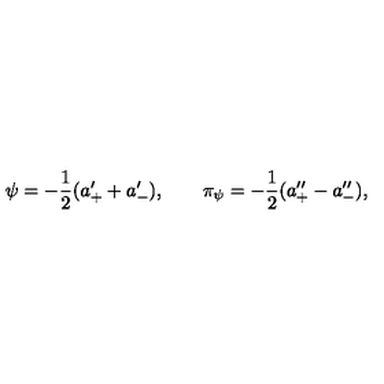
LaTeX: \psi = - { \frac { 1 } { 2 } } ( a _ { + } ^ { \prime } + a _ { - } ^ { \prime } ) , \qquad \pi _ { \psi } = - { \frac { 1 } { 2 } } ( a _ { + } ^ { \prime \prime } - a _ { - } ^ { \prime \prime } ) ,